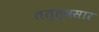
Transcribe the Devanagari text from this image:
तत्त्वसार